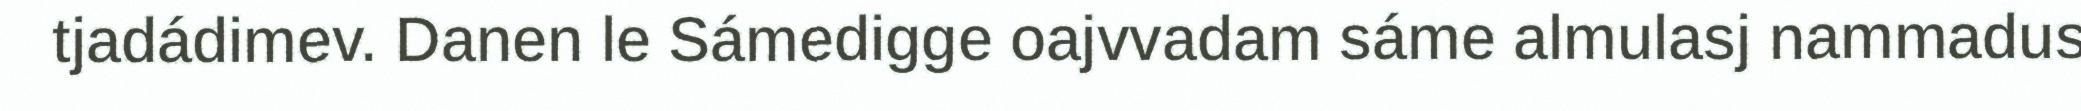
tjadádimev. Danen le Sámedigge oajvvadam sáme almulasj nammadus